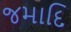
જમાદિ